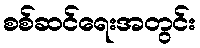
စစ်ဆင်ရေးအတွင်း